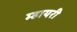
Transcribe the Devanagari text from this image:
म्हायरी